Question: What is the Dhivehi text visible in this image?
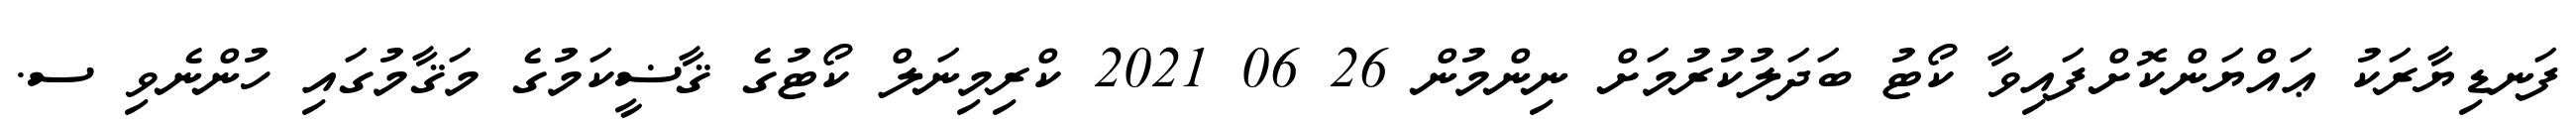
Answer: ފަނޑިޔާރަކު ޢައްޔަންކޮށްފައިވާ ކޯޓު ބަދަލުކުރުމަށް ނިންމުން 26 06 2021 ކްރިމިނަލް ކޯޓުގެ ޤާޟީކަމުގެ މަޤާމުގައި ހުންނެވި ސ.